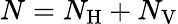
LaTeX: N=N_{\mathrm{H}}+N_{\mathrm{V}}